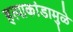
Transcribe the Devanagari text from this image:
हत्याकांडामुळे